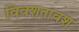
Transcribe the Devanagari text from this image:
विवशतावश